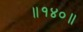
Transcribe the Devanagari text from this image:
॥१४०॥